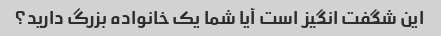
این شگفت انگیز است آیا شما یک خانواده بزرگ دارید؟